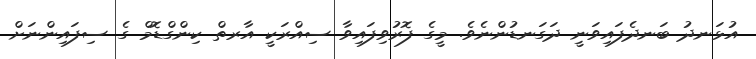
އުޅަނދު ބަނދެފައިވަނީ ދަގަނޑުންނެވެ. މީގެ ފޮރުވިފައިވާ ސިއްރަކީ އާރތް ކިންގްޑޮމް ގެ ސިފައިންނަށް